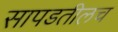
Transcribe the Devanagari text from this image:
सापडतीलच